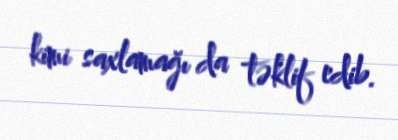
kimi saxlamağı da təklif edib.